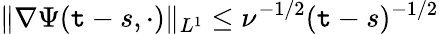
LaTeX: \| \nabla\Psi(\mathtt{t}-s,\cdot)\| _{L^{1}}\leq\nu^{-1/2}(\mathtt{t}-s)^{-1/2}